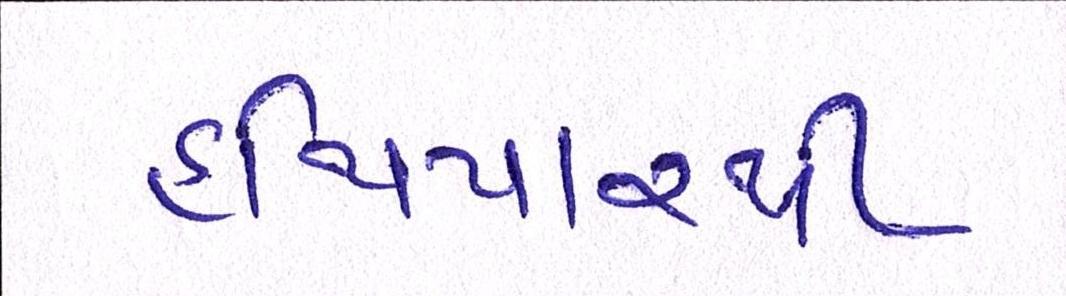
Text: હથિયારથી